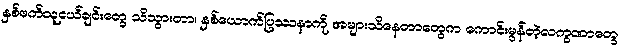
နှစ်ဖက်သူငယ်ချင်းတွေ သိသွားတာ၊ နှစ်ယောက်ပြဿနာကို အများသိနေတာတွေက ကောင်းမွန်တဲ့လက္ခဏာတွေ